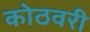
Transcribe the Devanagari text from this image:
कोठवरी